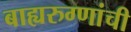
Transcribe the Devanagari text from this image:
बाह्यरुग्णांची